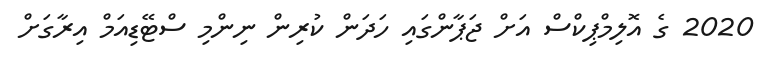
2020 ގެ އޮލިމްޕިކްސް އަށް ޖަޕާންގައި ހަދަން ކުރިން ނިންމި ސްޓޭޑިއަމް އިރާގަށް